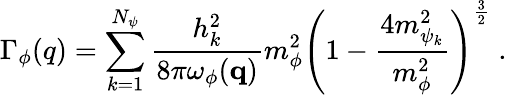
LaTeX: \Gamma_{\phi}(q)=\sum_{k=1}^{N_{\psi}}\frac{h_{k}^{2}}{8\pi\omega_{\phi}({\mathbf q})}m_{\phi}^{2}\left(1-\frac{4m_{\psi_{k}}^{2}}{m_{\phi}^{2}}\right)^{\frac{3}{2}}\; .